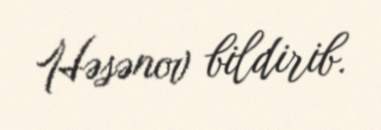
Həsənov bildirib.